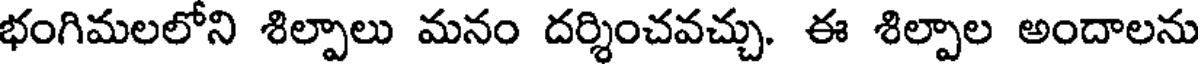
భంగిమలలోని శిల్పాలు మనం దర్శించవచ్చు. ఈ శిల్పాల అందాలను